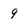
Character: 9